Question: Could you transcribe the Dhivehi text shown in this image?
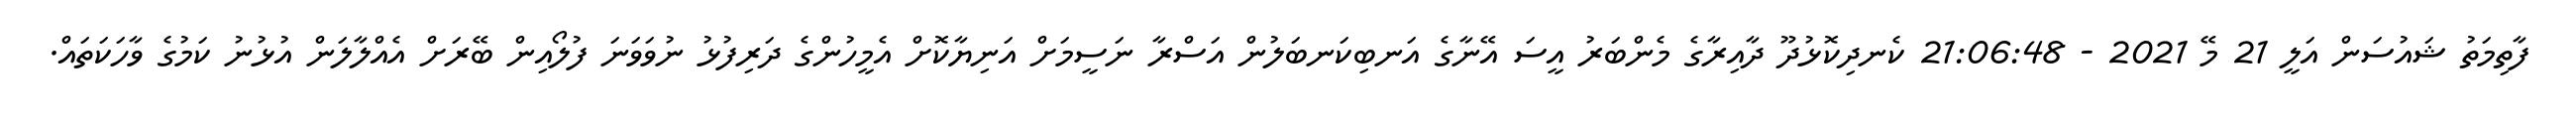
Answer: ފާތިމަތު ޝައުސަން އަލީ 21 މޭ 2021 - 21:06:48 ކެނދިކޮޅުދޫ ދާއިރާގެ މެންބަރު އީސަ އޭނާގެ އަނބިކަނބަލުން އަސްރާ ނަސީމަށް އަނިޔާކޮށް އެމީހުންގެ ދަރިފުޅު ނުވަވަނަ ފުލޯއިން ބޭރަށް އެއްލާލަން އުޅުނު ކަމުގެ ވާހަކަތައް.